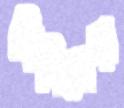
বিনিমেয়